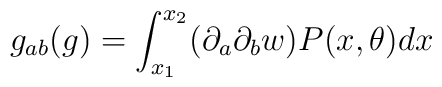
g_{ab}(g) = \int_{x_1}^{x_2} (\partial_a\partial_b w) P(x,\theta) dx